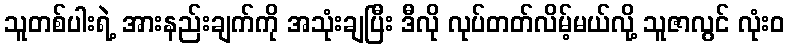
သူတစ်ပါးရဲ့ အားနည်းချက်ကို အသုံးချပြီး ဒီလို လုပ်တတ်လိမ့်မယ်လို့ သူဇာလွင် လုံးဝ